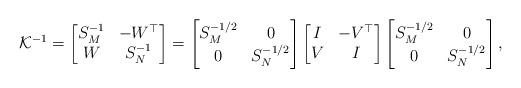
LaTeX: \begin{align*}\mathcal{K}^{-1} = \begin{bmatrix} S_M^{-1} & -W^\top \\ W & S_N^{-1} \end{bmatrix}=\begin{bmatrix} S_M^{-1/2} & 0 \\ 0 & S_N^{-1/2} \end{bmatrix}\begin{bmatrix} I & -V^\top \\ V & I \end{bmatrix}\begin{bmatrix} S_M^{-1/2} & 0 \\ 0 & S_N^{-1/2} \end{bmatrix},\end{align*}